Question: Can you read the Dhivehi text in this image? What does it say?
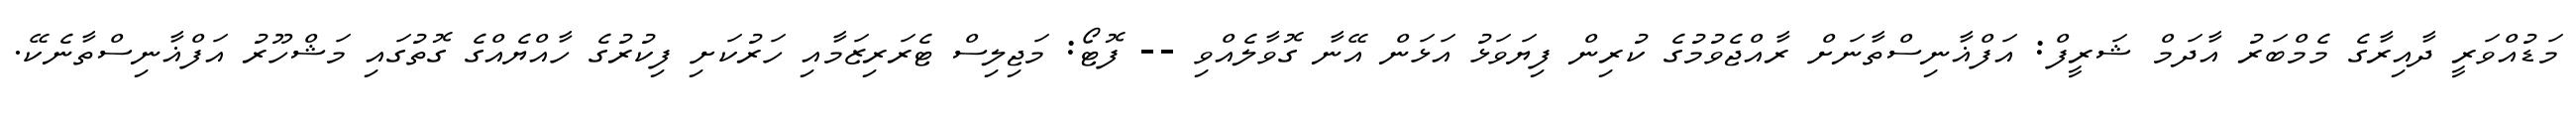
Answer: މަޑުއްވަރީ ދާއިރާގެ މެމްބަރު އާދަމް ޝަރީފް: އަފްޣާނިސްތާނަށް ރާއްޖެވުމުގެ ކުރިން ފިޔަވަޅު އަޅަން އޭނާ ގޮވާލެއްވި -- ފޮޓޯ: މަޖިލިސް ޓެރަރިޒަމާއި ހަރުކަށި ފިކުރުގެ ހާއްޔެއްގެ ގޮތުގައި މަޝްހޫރު އަފްޣާނިސްތާނެކޭ.